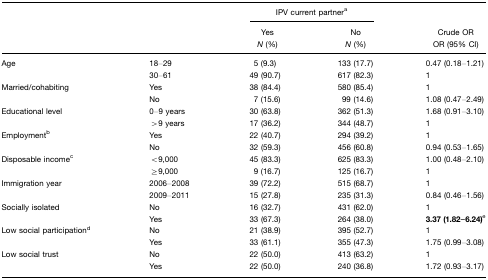
<table><thead><tr><td></td><td></td><td colspan="2"><b>IPV current partnera</b></td><td></td></tr><tr><td></td><td></td><td><b>Yes</b></td><td><b>No</b></td><td><b>Crude OR</b></td></tr><tr><td></td><td></td><td><b><i>N</i> (%)</b></td><td><b><i>N</i> (%)</b></td><td><b>OR (95% CI)</b></td></tr></thead><tbody><tr><td>Age</td><td>18–29</td><td>5 (9.3)</td><td>133 (17.7)</td><td>0.47 (0.18–1.21)</td></tr><tr><td></td><td>30–61</td><td>49 (90.7)</td><td>617 (82.3)</td><td>1</td></tr><tr><td>Married/cohabiting</td><td>Yes</td><td>38 (84.4)</td><td>580 (85.4)</td><td>1</td></tr><tr><td></td><td>No</td><td>7 (15.6)</td><td>99 (14.6)</td><td>1.08 (0.47–2.49)</td></tr><tr><td>Educational level</td><td>0–9 years</td><td>30 (63.8)</td><td>362 (51.3)</td><td>1.68 (0.91–3.10)</td></tr><tr><td></td><td>&gt;9 years</td><td>17 (36.2)</td><td>344 (48.7)</td><td>1</td></tr><tr><td>Employmentb</td><td>Yes</td><td>22 (40.7)</td><td>294 (39.2)</td><td>1</td></tr><tr><td></td><td>No</td><td>32 (59.3)</td><td>456 (60.8)</td><td>0.94 (0.53–1.65)</td></tr><tr><td>Disposable incomec</td><td>&lt;9,000</td><td>45 (83.3)</td><td>625 (83.3)</td><td>1.00 (0.48–2.10)</td></tr><tr><td></td><td>≥9,000</td><td>9 (16.7)</td><td>125 (16.7)</td><td>1</td></tr><tr><td>Immigration year</td><td>2006–2008</td><td>39 (72.2)</td><td>515 (68.7)</td><td>1</td></tr><tr><td></td><td>2009–2011</td><td>15 (27.8)</td><td>235 (31.3)</td><td>0.84 (0.46–1.56)</td></tr><tr><td>Socially isolated</td><td>No</td><td>16 (32.7)</td><td>431 (62.0)</td><td>1</td></tr><tr><td></td><td>Yes</td><td>33 (67.3)</td><td>264 (38.0)</td><td><b>3.37 (1.82–6.24)</b>e</td></tr><tr><td>Low social participationd</td><td>No</td><td>21 (38.9)</td><td>395 (52.7)</td><td>1</td></tr><tr><td></td><td>Yes</td><td>33 (61.1)</td><td>355 (47.3)</td><td>1.75 (0.99–3.08)</td></tr><tr><td>Low social trust</td><td>No</td><td>22 (50.0)</td><td>413 (63.2)</td><td>1</td></tr><tr><td></td><td>Yes</td><td>22 (50.0)</td><td>240 (36.8)</td><td>1.72 (0.93–3.17)</td></tr></tbody></table>